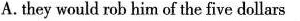
A. they would rob him of the five dollars